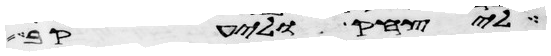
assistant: ליצחק וליעקב